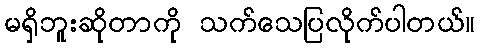
မရှိဘူးဆိုတာကို သက်သေပြလိုက်ပါတယ်။